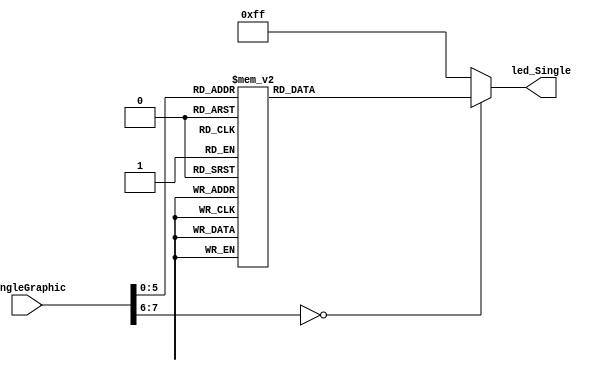
module singleGraphicInterpreter(SingleGraphic,led_Single);
    input[7:0] SingleGraphic;
    output reg[7:0] led_Single;
    always @(SingleGraphic) begin
        case(SingleGraphic)
            0: led_Single = 8'b11111100;
            1: led_Single = 8'b01100000;
            2: led_Single = 8'b11011010;
            3: led_Single = 8'b11110010;
            4: led_Single = 8'b01100110;
            5: led_Single = 8'b10110110;
            6: led_Single = 8'b10111110;
            7: led_Single = 8'b11100100;
            8: led_Single = 8'b11111110;
            9: led_Single = 8'b11110110;
            10: led_Single = 8'b11101110;
            11: led_Single = 8'b00111110;
            12: led_Single = 8'b00110100;
            13: led_Single = 8'b01111010;
            14: led_Single = 8'b10011110;
            15: led_Single = 8'b10001110;
            16: led_Single = 8'b10111100;
            17: led_Single = 8'b01101110;
            18: led_Single = 8'b00001100;
            19: led_Single = 8'b01110000;
            20: led_Single = 8'b00001110;
            21: led_Single = 8'b00011100;
            22: led_Single = 8'b00101010;
            23: led_Single = 8'b00111010;
            24: led_Single = 8'b11001110;
            25: led_Single = 8'b11100110;
            26: led_Single = 8'b00001010;
            27: led_Single = 8'b10110110;
            28: led_Single = 8'b00011110;
            29: led_Single = 8'b00111000;
            30: led_Single = 8'b00111000;
            31: led_Single = 8'b01100110;
            32: led_Single = 8'b11011010;
            33: led_Single = 8'b01101100;
            34: led_Single = 8'b00000000;
            35: led_Single = 8'b11111111;
            36: led_Single = 8'b00000010;
            default:  led_Single = 8'b11111111;
        endcase
    end
endmodule